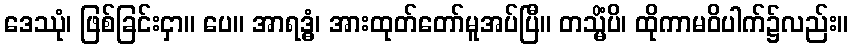
ဒေဿုံ၊ ဖြစ်ခြင်းငှာ။ ပေ။ အာရဒ္ဓံ၊ အားထုတ်တော်မူအပ်ပြီ။ တသ္မိံပိ၊ ထိုကာမဝိပါက်၌လည်း။